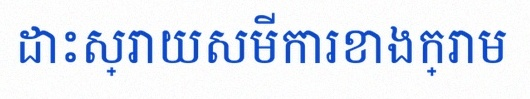
ដោះស្រាយសមីការខាងក្រោម